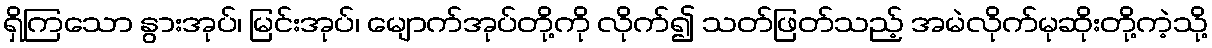
ရှိကြသော နွားအုပ်၊ မြင်းအုပ်၊ မျောက်အုပ်တို့ကို လိုက်၍ သတ်ဖြတ်သည့် အမဲလိုက်မုဆိုးတို့ကဲ့သို့